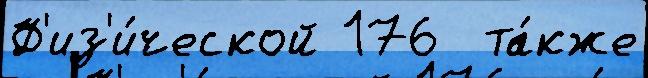
Ф'из'и́ческой 176  та́кже